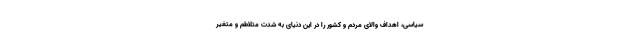
سیاسی، اهداف والای مردم و کشور را در این دنیای به شدت متلاطم و متغیر